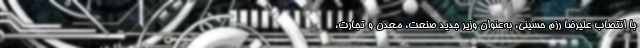
با انتصاب عليرضا رزم حسيني، به‌عنوان وزير جديد صنعت، معدن و تجارت،